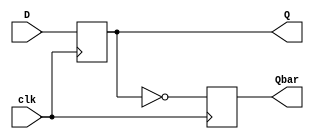
`timescale 1ns / 1ps

module D_FF(
    input clk, //input slow clock
    input D, //pushbutton input
    output reg Q,
    output reg Qbar 
    );
    
    
    always @ (posedge clk)
    begin
    Q <= D;
    Qbar <=~Q;
    end
endmodule